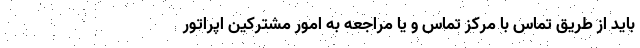
باید از طریق تماس با مرکز تماس و یا مراجعه به امور مشترکین اپراتور